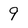
Character: 9